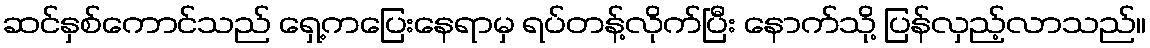
ဆင်နှစ်ကောင်သည် ရှေ့ကပြေးနေရာမှ ရပ်တန့်လိုက်ပြီး နောက်သို့ ပြန်လှည့်လာသည်။